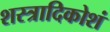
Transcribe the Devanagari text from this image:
शस्त्रादिकोशं